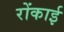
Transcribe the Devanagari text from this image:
रोंकाई